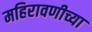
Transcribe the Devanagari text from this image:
महिरावणीच्या